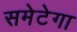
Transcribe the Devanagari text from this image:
समेटेगा